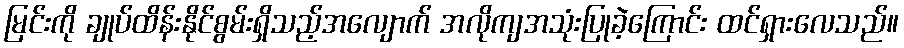
မြင်းကို ချုပ်ထိန်းနိုင်စွမ်းရှိသည့်အလျောက် အလိုကျအသုံးပြုခဲ့ကြောင်း ထင်ရှားလေသည်။